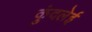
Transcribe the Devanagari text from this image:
कुंदलेई